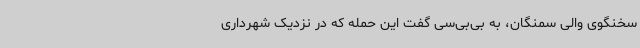
سخنگوی والی سمنگان،‌ به بی‌بی‌سی گفت این حمله که در نزدیک شهرداری